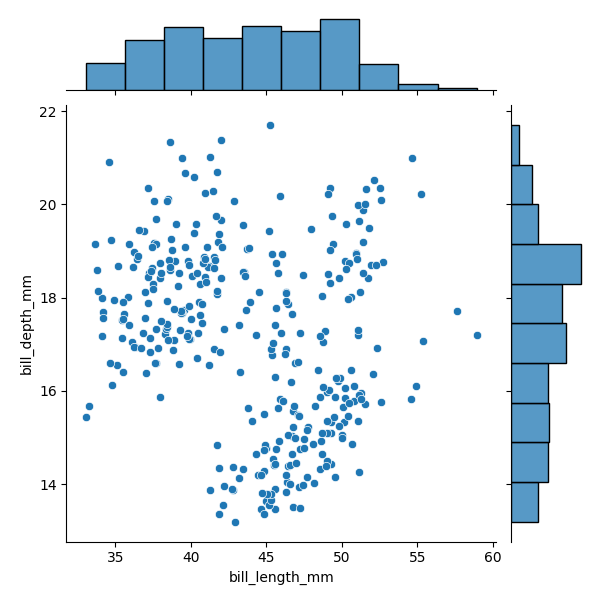
python, seaborn, JointGrid, scatterplot, histplot